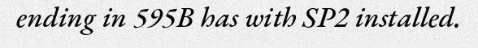
ending in 595B has with SP2 installed.